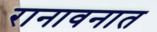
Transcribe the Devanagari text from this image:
रानावनात